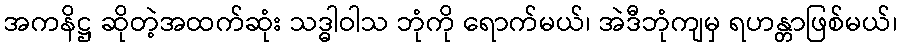
အကနိဋ္ဌ ဆိုတဲ့အထက်ဆုံး သဒ္ဓါဝါသ ဘုံကို ရောက်မယ်၊ အဲဒီဘုံကျမှ ရဟန္တာဖြစ်မယ်၊